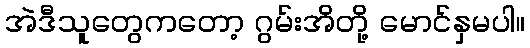
အဲဒီသူတွေကတော့ ဂွမ်းအိတို့ မောင်နှမပါ။